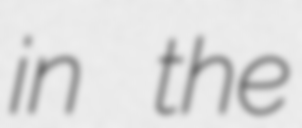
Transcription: in the